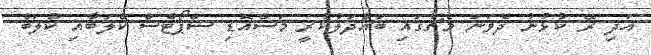
އަދި ރޭ ކުޅުނު ދެވަނަ މެޗުގައި ބައްދަލުކުރީ މަސްއޮޑި ސްޕޯޓްސް ކްލަބާއި ކްލަބް